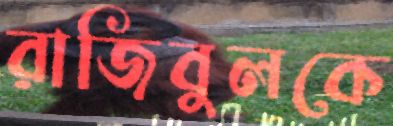
রাজিবুলকে